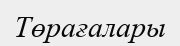
Төрағалары